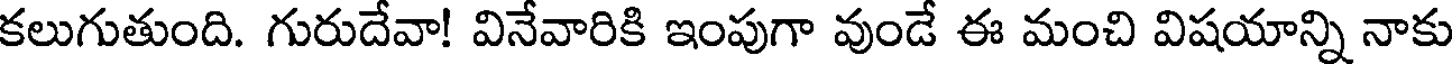
కలుగుతుంది. గురుదేవా! వినేవారికి ఇంపుగా వుండే ఈ మంచి విషయాన్ని నాకు